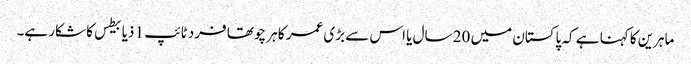
ماہرین کا کہنا ہے کہ پاکستان میں 20 سال یا اس سے بڑی عمر کا ہر چوتھا فرد ٹائپ 1 ذیابیطس کا شکار ہے۔